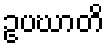
ဥပဃာတိ